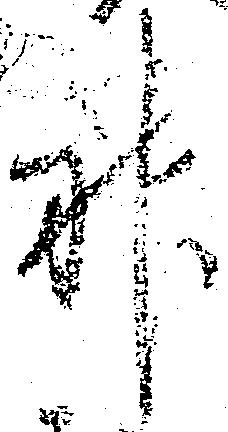
神